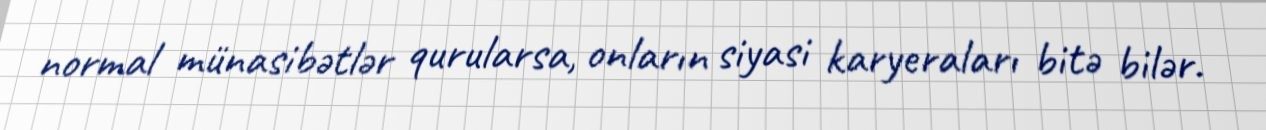
normal münasibətlər qurularsa, onların siyasi karyeraları bitə bilər.